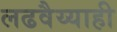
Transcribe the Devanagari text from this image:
लढवैय्याही